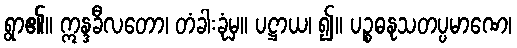
ရွာ၏။ ဣန္ဒခီလတော၊ တံခါးခုံမှ။ ပဋ္ဌာယ၊ ၍။ ပဉ္စဓနုသတပ္ပမာဏေ၊